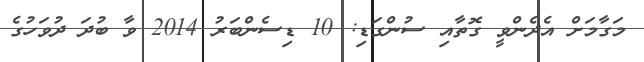
މަގާމަށް އެދެންވީ ގޮތާއި ސުންގަޑި: 10 ޑިސެންބަރު 2014 ވާ ބުދަ ދުވަހުގެ